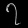
Digit: ၇